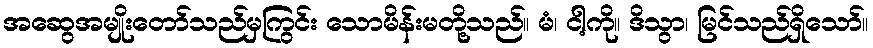
အဆွေအမျိုးတော်သည်မှကြွင်း သောမိန်းမတို့သည်။ မံ၊ ငါ့ကို။ ဒိသွာ၊ မြင်သည်ရှိသော်။